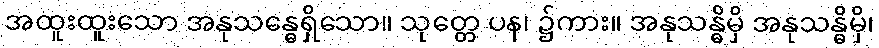
အထူးထူးသော အနုသန္ဓေရှိသော။ သုတ္တေ ပန၊ ၌ကား။ အနုသန္ဓိမှိ အနုသန္ဓိမှိ၊